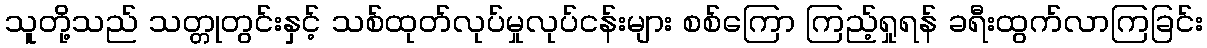
သူတို့သည် သတ္တုတွင်းနှင့် သစ်ထုတ်လုပ်မှုလုပ်ငန်းများ စစ်ကြော ကြည့်ရှုရန် ခရီးထွက်လာကြခြင်း